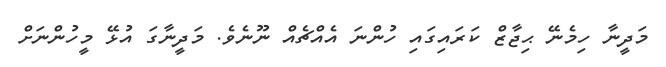
މަދީނާ ހިމެނޭ ޙިޖާޒް ކަރައިގައި ހުންނަ އެއްޗެއް ނޫނެވެ. މަދީނާގަ އުޅޭ މީހުންނަށް